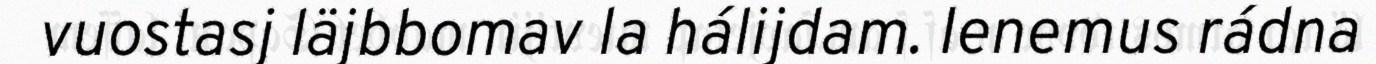
vuostasj läjbbomav la hálijdam. Ienemus rádna